Indian journal of veterinary science and animal husbandry - Volume 5,
Year: 1935
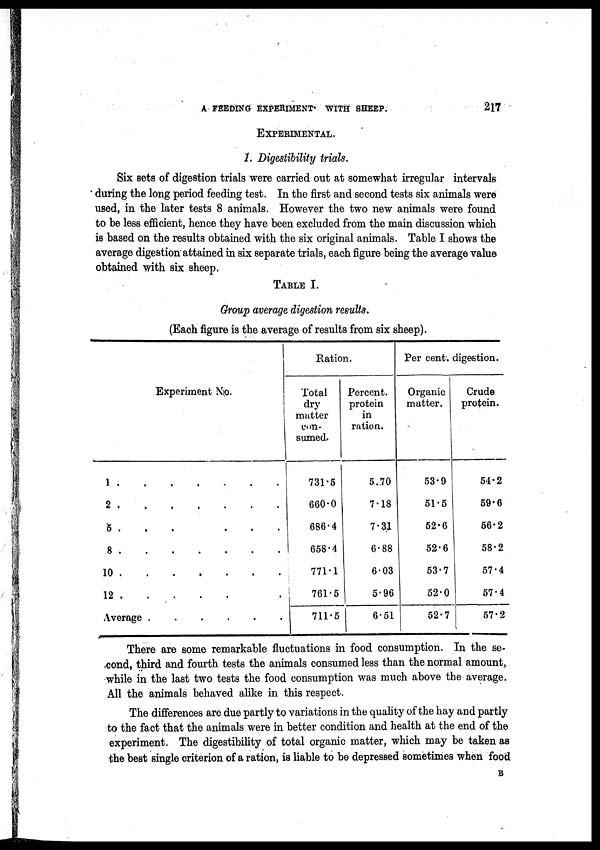
A FEEDING EXPERIMENT WITH SHEEP.
217
EXPERIMENTAL.
1. Digestibility trials.
Six sets of digestion trials were carried out at somewhat irregular intervals
during the long period feeding test. In the first and second tests six animals were
used, in the later tests 8 animals. However the two new animals were found
to be less efficient, hence they have been excluded from the main discussion which
is based on the results obtained with the six original animals. Table I shows the
average digestion attained in six separate trials, each figure being the average value
obtained with six sheep.
TABLE I.
Group average digestion results.
(Each figure is the average of results from six sheep).
Experiment No.
1
2
5 ....
...
8
10
12 ....
.
Average
Ration.
Total
dry
matter
con-
sumed.
731.5
660.0
686.4
658.4
771.1
761.5
711.5
Percent.
protein
in
ration.
5.70
7.18
7.31
6.88
6.03
5.96
6.51
Per cent.digestion.
Organic
matter.
53.9
51.5
52.6
52.6
53.7
52.0
52.7
Crude
protein.
54.2
59.6
56.2
58.2
57.4
57.4
57.2
There are some remarkable fluctuations in food consumption. In the se-
cond, third and fourth tests the animals consumed less than the normal amount,
while in the last two tests the food consumption was much above the average.
All the animals behaved alike in this respect.
The differences are due partly to variations in the quality of the hay and partly
to the fact that the animals were in better condition and health at the end of the
experiment. The digestibility of total organic matter, which may be taken as
the best single criterion of a ration, is liable to be depressed sometimes when food
B